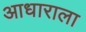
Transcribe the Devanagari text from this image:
आधाराला